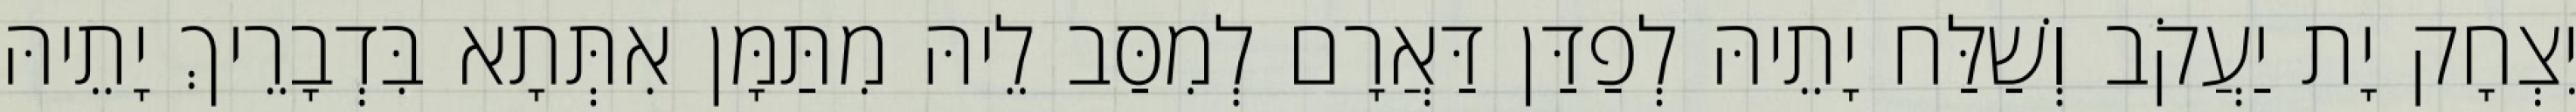
יִצְחָק יָת יַעֲקֹב וְשַׁלַּח יָתֵיהּ לְפַדַּן דַּאֲרָם לְמִסַּב לֵיהּ מִתַּמָּן אִתְּתָא בִּדְבָרֵיךְ יָתֵיהּ